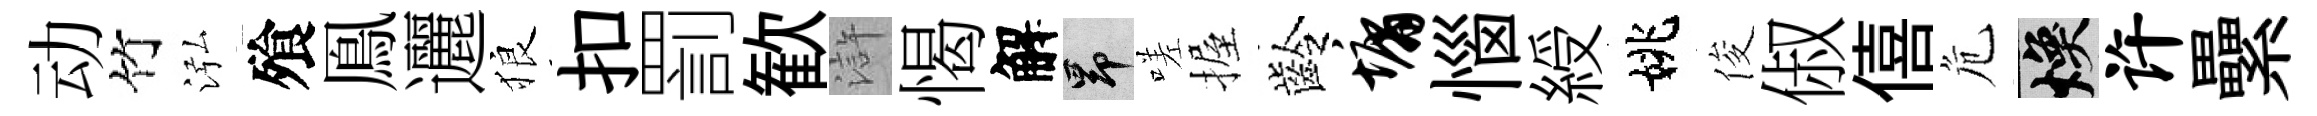
动竹泓飱鳯邐狼扣罰歓滸愒解昂嗟握齡墉惱綬姚俊俶僖危焕许纍